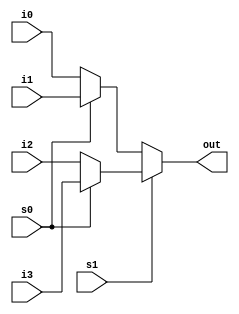
module mux41_conditional_df(i0,i1,i2,i3,s1,s0,out);
    input i0,i1,i2,i3,s1,s0;
    output out;
    assign out = s1?(s0?i3:i2):(s0?i1:i0);
endmodule

module mux_tb_df_conditional;
    reg i0,i1,i2,i3,s1,s0;
    wire out;
    integer i;
    mux41_conditional_df tb(i0,i1,i2,i3,s1,s0,out);
    initial begin
        for (i=0; i<=15; i=i+1) 
            begin
                {i0,i1,i2,i3} = i;
                {s1, s0} = 2'b00; #1;
                {s1, s0} = 2'b01; #1;
                {s1, s0} = 2'b10; #1;
                {s1, s0} = 2'b11; #1;
            end
    end
endmodule